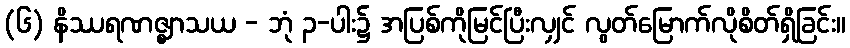
(၆) နိဿရဏဇ္ဈာသယ - ဘုံ ၃-ပါး၌ အပြစ်ကိုမြင်ပြီးလျှင် လွတ်မြောက်လိုစိတ်ရှိခြင်း။